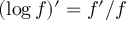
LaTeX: ( \log f ) ^ { \prime } = f ^ { \prime } / f